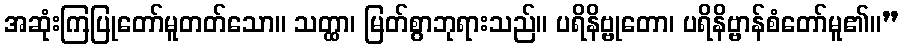
အဆုံးကြပြုတော်မူတတ်သော။ သတ္ထာ၊ မြတ်စွာဘုရားသည်။ ပရိနိဗ္ဗုတော၊ ပရိနိဗ္ဗာန်စံတော်မူ၏။”